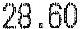
28.60